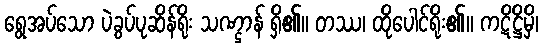
ရွေအပ်သော ပဲခွပ်ပုဆိန်ရိုး သဏ္ဌာန် ရှိ၏။ တဿ၊ ထိုပေါင်ရိုး၏။ ကဋိဋ္ဌိမှိ၊